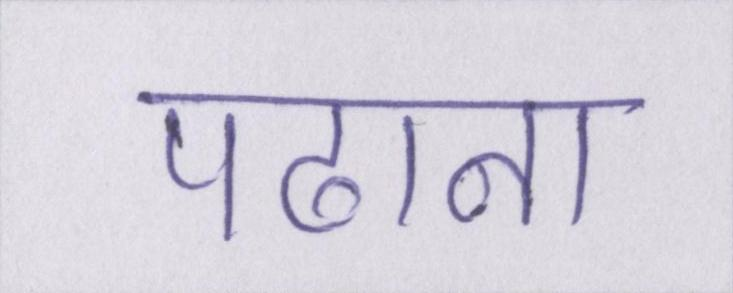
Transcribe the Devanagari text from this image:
पढाना